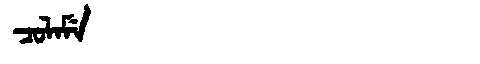
Manchu: ᠴᠣᠯᠠᠮᡝ
Romanization: COLAME